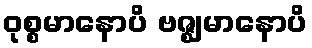
ဝုစ္စမာနောပိ ဗဇ္ဈမာနောပိ